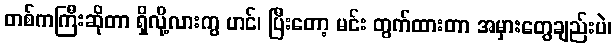
တစ်ကကြီးဆိုတာ ရှိလို့လားကွ ဟင်၊ ပြီးတော့ မင်း တွက်ထားတာ အမှားတွေချည်းပဲ၊